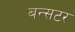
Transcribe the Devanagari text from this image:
बन्सटर